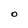
Character: O